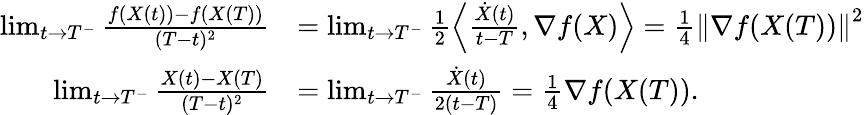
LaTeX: \begin{array}{rl}{\operatorname*{lim}_{t\rightarrow T^{-}}\frac{f(X(t))-f(X(T))}{(T-t)^{2}}}&{=\operatorname*{lim}_{t\rightarrow T^{-}}\frac{1}{2}\left\langle\frac{\dot{X}(t)}{t-T},\nabla f(X)\right\rangle=\frac{1}{4}\left\Vert\nabla f(X(T))\right\Vert^{2}}\\ {\operatorname*{lim}_{t\rightarrow T^{-}}\frac{X(t)-X(T)}{(T-t)^{2}}}&{=\operatorname*{lim}_{t\rightarrow T^{-}}\frac{\dot{X}(t)}{2(t-T)}=\frac{1}{4}\nabla f(X(T)).}\end{array}